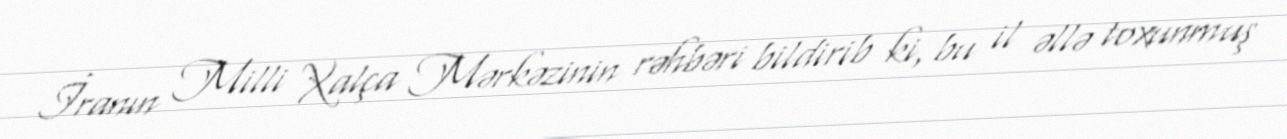
İranın Milli Xalça Mərkəzinin rəhbəri bildirib ki, bu il əllə toxunmuş